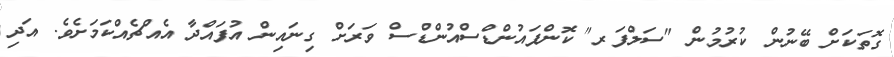
ގޮތަކަށް ބޭނުން ކުރުމުން "ސަލްފަރ" ކޮންޕައުންޑްސްއުންޑްސް ވަރަށް ގިނައިން އުފައްދާ އެއްޗެއްކަމަށެވެ. އަދި